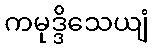
ကမုဒ္ဒိသေယျံ